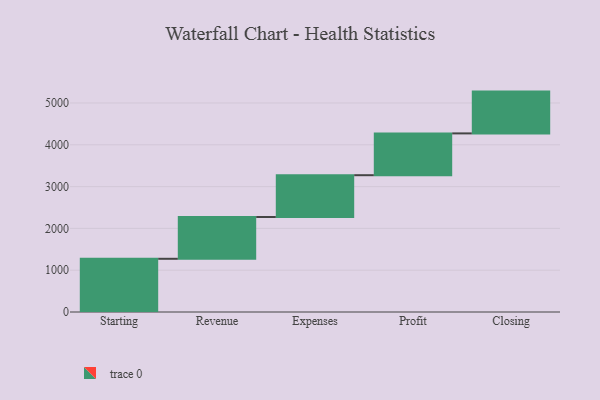
{"axis": {"x": "Step", "y": "Value"}, "legend": [""], "data": [{"x": "Starting", "y": 1273.0, "type": ""}, {"x": "Revenue", "y": 1000, "type": ""}, {"x": "Expenses", "y": 1000, "type": ""}, {"x": "Profit", "y": 1000, "type": ""}, {"x": "Closing", "y": 1000, "type": ""}]}